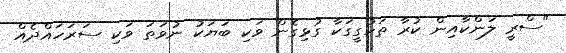
"ސްރީ ލަންކާއިން ކުރާ ތަހުގީގަކާ ގުޅިގެން ވަކި ބަޔަކު ނުވަތަ ވަކި ސަރަހައްދެއް